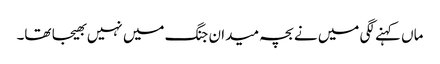
ماں کہنے لگی میں نے بچہ میدان جنگ میں نہیں بھیجا تھا۔